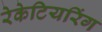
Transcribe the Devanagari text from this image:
रेकेटियरिंग